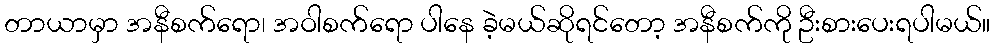
တာယာမှာ အနီစက်ရော၊ အဝါစက်ရော ပါနေ ခဲ့မယ်ဆိုရင်တော့ အနီစက်ကို ဦးစားပေးရပါမယ်။